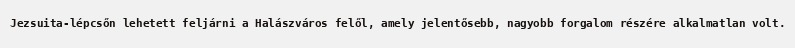
Jezsuita-lépcsőn lehetett feljárni a Halászváros felől, amely jelentősebb, nagyobb forgalom részére alkalmatlan volt.